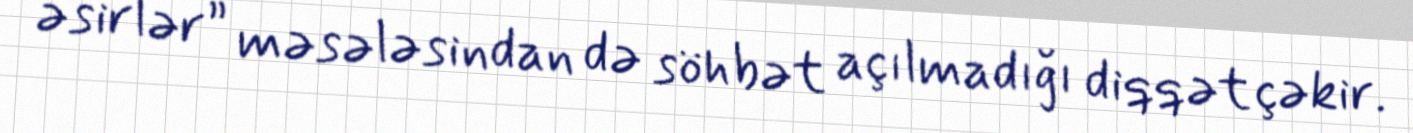
əsirlər” məsələsindan də söhbət açılmadığı diqqət çəkir.